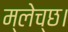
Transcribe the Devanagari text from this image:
म्लेच्छ।